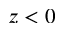
z < 0